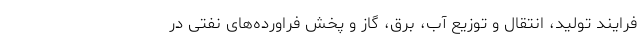
فرایند تولید، انتقال و توزیع آب، برق، گاز و پخش فراورده‌های نفتی در